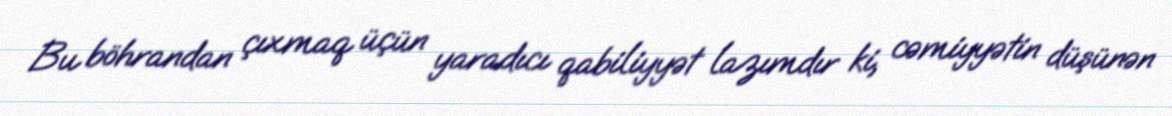
Bu böhrandan çıxmaq üçün yaradıcı qabiliyyət lazımdır ki, cəmiyyətin düşünən